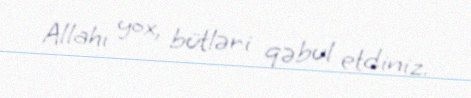
Allahı yox, bütləri qəbul etdiniz.